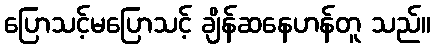
ပြောသင့်မပြောသင့် ချိန်ဆနေဟန်တူ သည်။